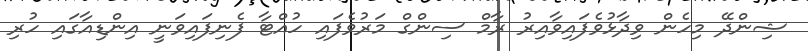
ޝިންދޭ މިހެން ވިދާޅުވެފައިވާއިރު ރާމް ސިންގް މަރުވެފައި ހުއްޓާ ފެނިފައިވަނީ އިންޑިއާގައި ހުރި